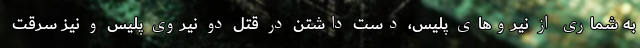
به شماری از نیروهای پلیس، دست داشتن در قتل دو نیروی پلیس و نیز سرقت